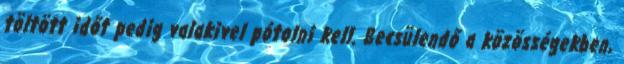
töltött időt pedig valakivel pótolni kell. Becsülendő a közösségekben,